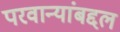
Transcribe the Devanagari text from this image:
परवान्यांबद्दल